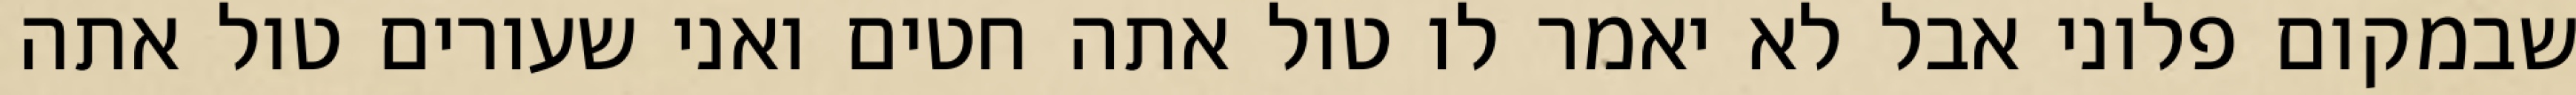
שבמקום פלוני אבל לא יאמר לו טול אתה חטים ואני שעורים טול אתה